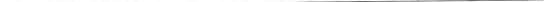
___